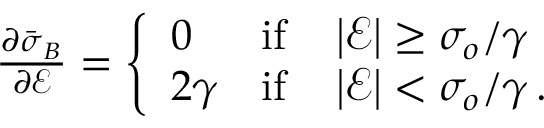
\begin{array} { r } { \frac { \partial \bar { \boldsymbol { \sigma } } _ { B } } { \partial \mathcal { E } } = \left\{ \begin{array} { l l } { 0 } & { \mathrm { i f } \quad \left| \mathcal { E } \right| \ge \sigma _ { o } / \gamma } \\ { 2 \gamma } & { \mathrm { i f } \quad \left| \mathcal { E } \right| < \sigma _ { o } / \gamma \, . } \end{array} \right. } \end{array}